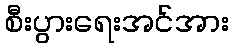
စီးပွားရေးအင်အား